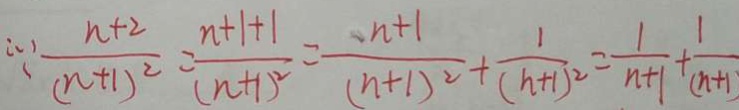
: \because \frac { n + 2 } { ( n + 1 ) ^ { 2 } } = \frac { n + 1 + 1 } { ( n + 1 ) ^ { 2 } } = \frac { n + 1 } { ( n + 1 ) ^ { 2 } } + \frac { 1 } { ( n + 1 ) ^ { 2 } } = \frac { 1 } { n + 1 } + \frac { 1 } { ( n + 1 ) }